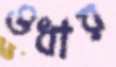
ওধার